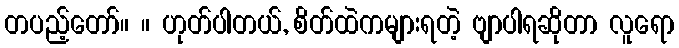
တပည့်တော်။ ။ ဟုတ်ပါတယ်, စိတ်ထဲကများရတဲ့ ဗျာပါရဆိုတာ လူရော